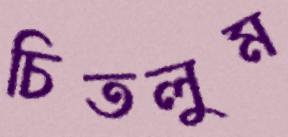
চিতলুম